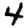
Digit: 4